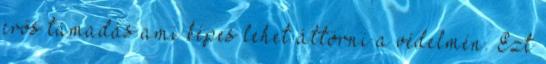
erős támadás ami képes lehet áttörni a védelmén. Ezt